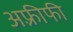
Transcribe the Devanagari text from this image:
अफ़्रीफी